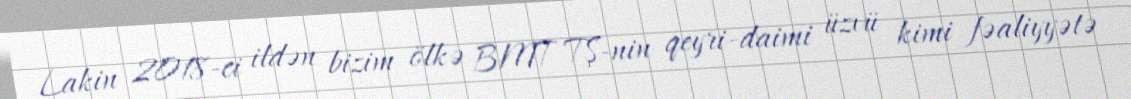
Lakin 2018-ci ildən bizim ölkə BMT TŞ-nin qeyri-daimi üzvü kimi fəaliyyətə